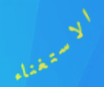
الاستغناء